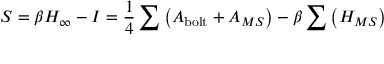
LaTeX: S = \beta H _ { \infty } - I = \frac { 1 } { 4 } \sum \left( \cal { A } _ { \mathrm { b o l t } } + \cal { A } _ { { M S } } \right) - \beta \sum \left( H _ { { M S } } \right)